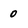
Character: 0